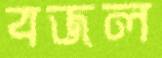
বজল